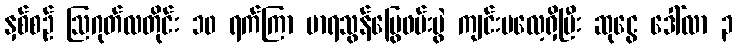
နှစ်စဉ် ဩဂုတ်လတိုင်း ၁၀ ရက်ကြာ မာရသွန်မြွေဖမ်းပွဲ ကျင်းပလေ့ရှိပြီး ဆုငွေ ဒေါ်လာ ၃